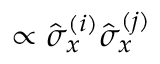
\propto \hat { \sigma } _ { x } ^ { ( i ) } \hat { \sigma } _ { x } ^ { ( j ) }